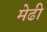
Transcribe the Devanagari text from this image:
मेढी